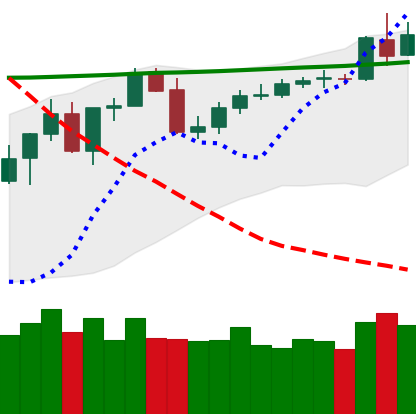
Ticker: BNB-USD
Chart end date: 2020-05-01
Forward return: -5.169%
Label: down_5_7